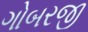
ગોબરજી